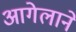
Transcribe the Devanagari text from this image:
आगेलाने